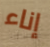
إناء